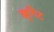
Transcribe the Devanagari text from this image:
ड्यूगिट